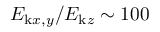
E _ { \mathrm { k } x , y } / E _ { \mathrm { k } z } \sim 1 0 0